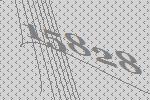
15828